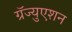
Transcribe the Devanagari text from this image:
ग्रॅज्युएशन